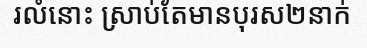
រលំនោះ ស្រាប់តែមានបុរស២នាក់